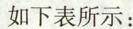
如下表所示：